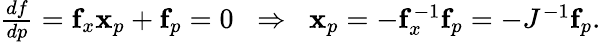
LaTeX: \begin{array}{r}{\frac{df}{dp}=\mathbf{f}_{x}\mathbf{x}_{p}+\mathbf{f}_{p}=0\; \; \Rightarrow\; \; \mathbf{x}_{p}=-\mathbf{f}_{x}^{-1}\mathbf{f}_{p}=-J^{-1}\mathbf{f}_{p}.}\end{array}